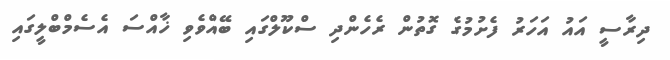
ދިރާސީ އައު އަހަރު ފެށުމުގެ ގޮތުން ރެހެންދި ސްކޫލްގައި ބޭއްވެވި ޚާއްސަ އެސެމްބްލީގައި